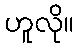
ဟူလို။